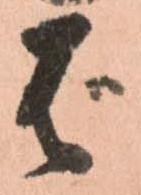
ば